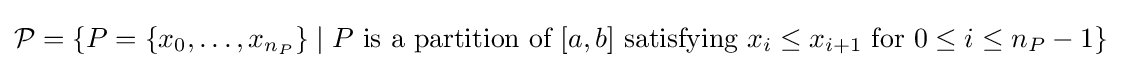
{\textstyle {\mathcal {P}}=\left\{P=\{x_{0},\dots ,x_{n_{P}}\}\mid P{\text{ is a partition of }}[a,b]{\text{ satisfying }}x_{i}\leq x_{i+1}{\text{ for }}0\leq i\leq n_{P}-1\right\}}